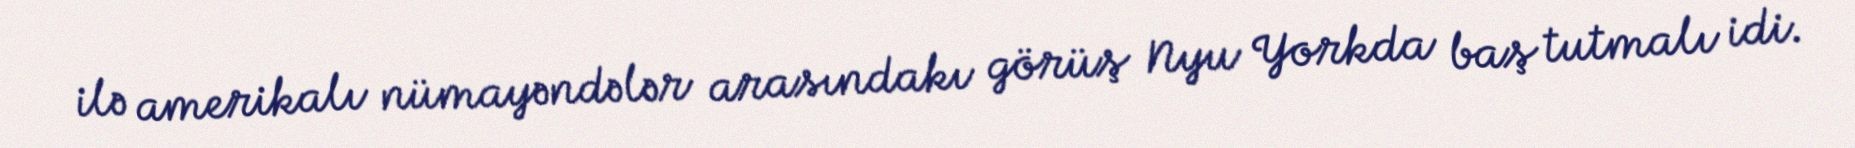
ilə amerikalı nümayəndələr arasındakı görüş Nyu Yorkda baş tutmalı idi.